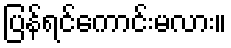
ပြန်ရင်ကောင်းမလား။